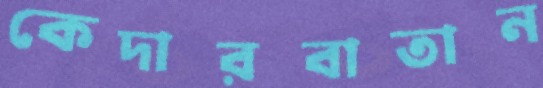
কেদারবাতান